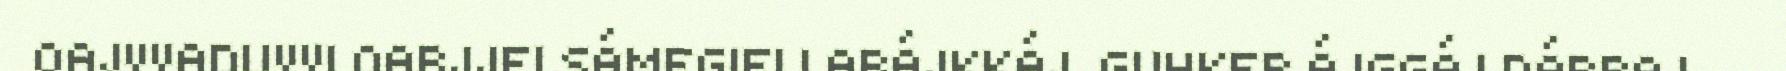
OAJVVADUVVI OARJJELSÁMEGIELLABÁJKKÁJ. GUHKEP ÁJGGÁJ DÁRBAJ